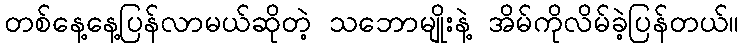
တစ်နေ့နေ့ပြန်လာမယ်ဆိုတဲ့ သဘောမျိုးနဲ့ အိမ်ကိုလိမ်ခဲ့ပြန်တယ်။